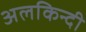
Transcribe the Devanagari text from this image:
अलकिन्दी